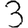
Digit: 3